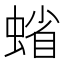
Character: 𧍖